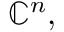
\mathbb { C } ^ { n } ,